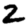
Digit: 2